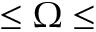
\leq \Omega \leq